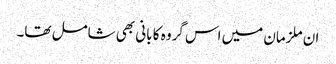
ان ملزمان میں اس گروہ کا بانی بھی شامل تھا۔